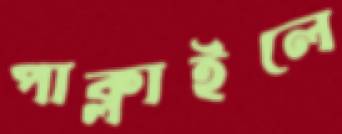
পাক্‌লাইলে